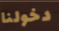
دخولنا